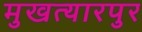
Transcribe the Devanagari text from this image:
मुखत्यारपुर